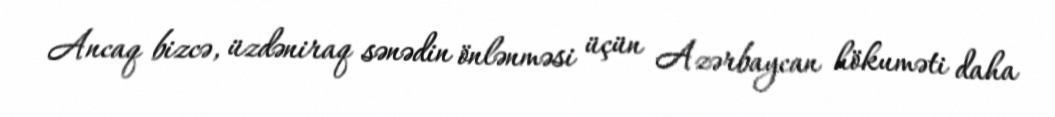
Ancaq bizcə, üzdəniraq sənədin önlənməsi üçün Azərbaycan hökuməti daha